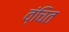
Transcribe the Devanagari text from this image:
व्ंचित